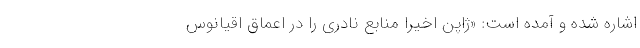
اشاره شده و آمده است: «ژاپن اخیراً منابع نادری را در اعماق اقیانوس